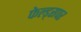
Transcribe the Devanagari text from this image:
फेल्ड्सपर